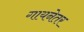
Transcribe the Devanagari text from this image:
गायनेतर